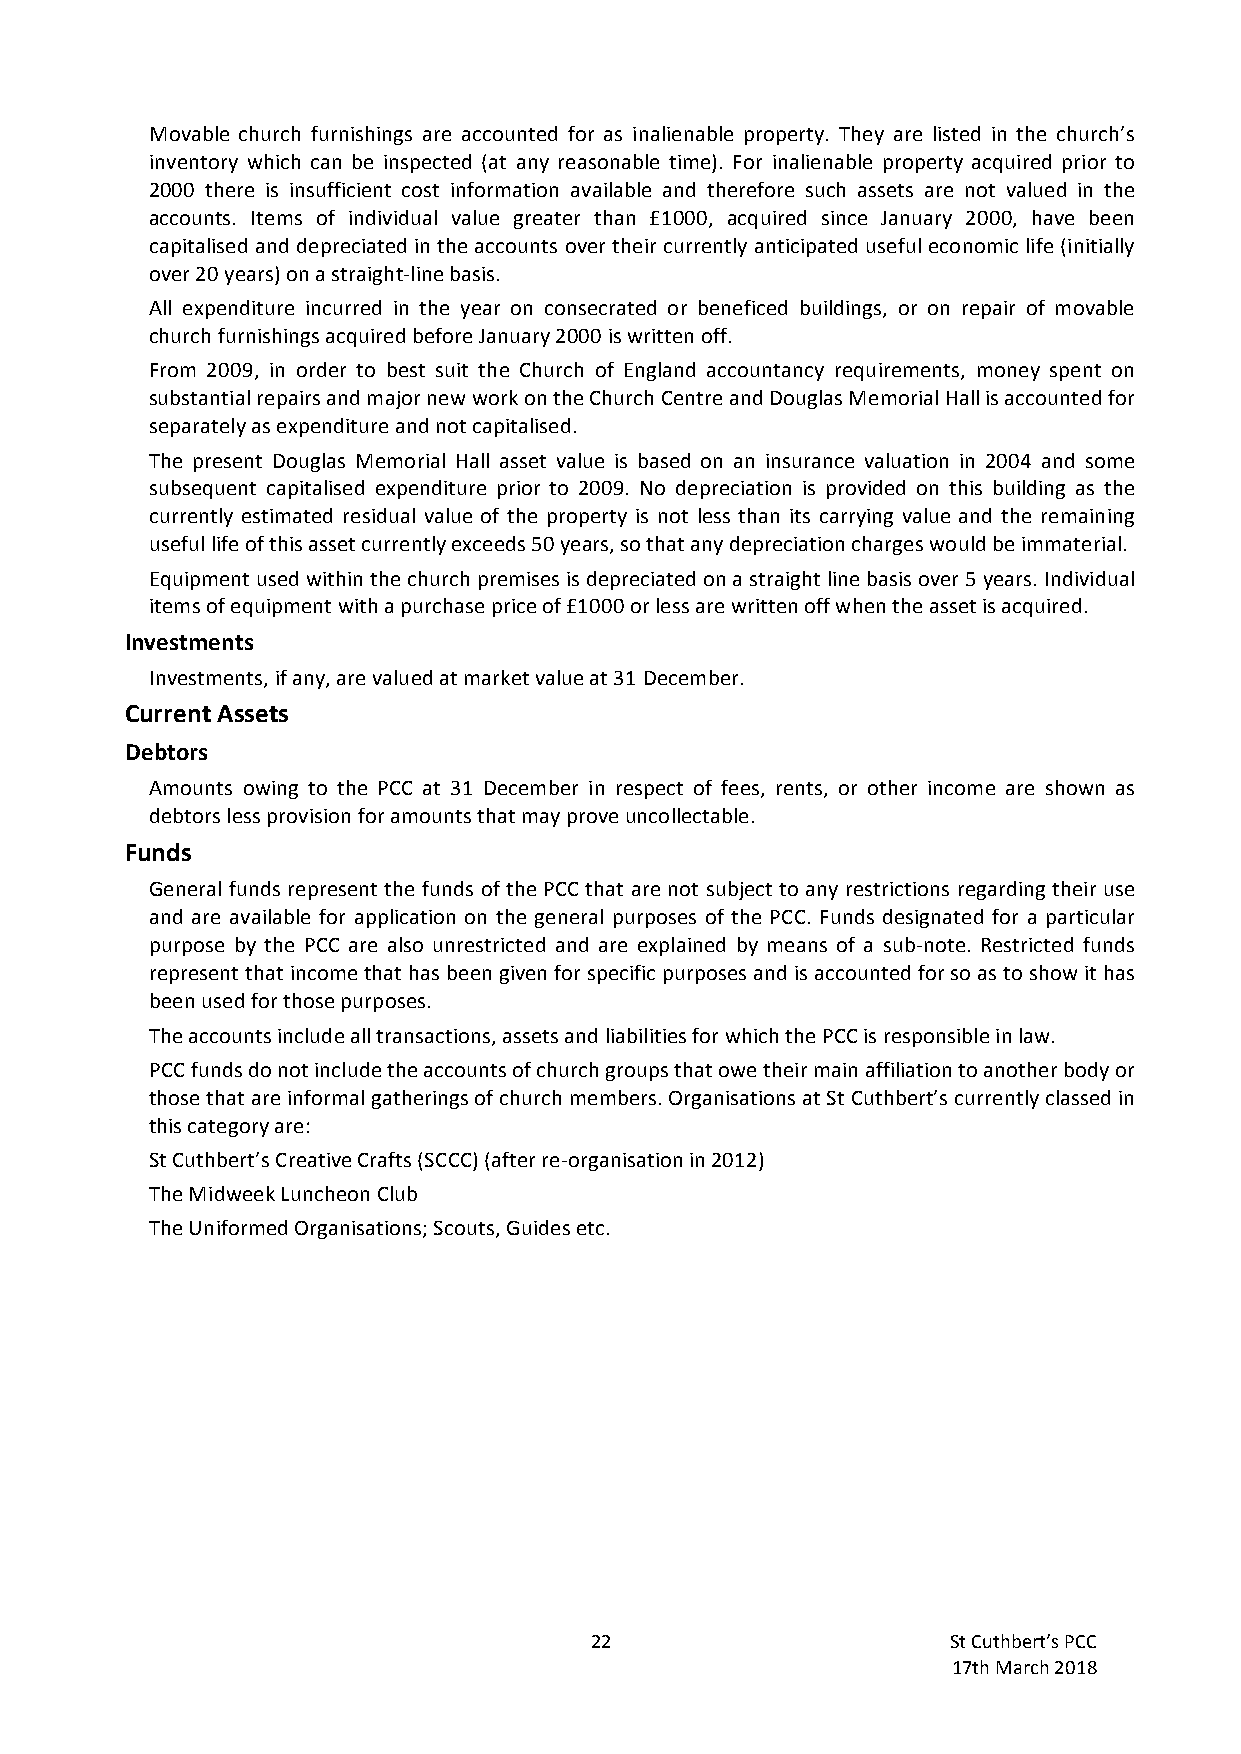
Movable church furnishings are accounted for as inalienable property. They are listed in the church’s
 inventory which can be inspected (at any reasonable time). For inalienable property acquired prior to
 2000 there is insufficient cost information available and therefore such assets are not valued in the
 accounts. Items of individual value greater than £1000, acquired since January 2000, have been
 capitalised and depreciated in the accounts over their currently anticipated useful economic life (initially
 over 20 years) on a straight-line basis.
 All expenditure incurred in the year on consecrated or beneficed buildings, or on repair of movable
 church furnishings acquired before January 2000 is written off.
 From 2009, in order to best suit the Church of England accountancy requirements, money spent on
 substantial repairs and major new work on the Church Centre and Douglas Memorial Hall is accounted for
 separately as expenditure and not capitalised.
 The present Douglas Memorial Hall asset value is based on an insurance valuation in 2004 and some
 subsequent capitalised expenditure prior to 2009. No depreciation is provided on this building as the
 currently estimated residual value of the property is not less than its carrying value and the remaining
 useful life of this asset currently exceeds 50 years, so that any depreciation charges would be immaterial.
 Equipment used within the church premises is depreciated on a straight line basis over 5 years. Individual
 items of equipment with a purchase price of £1000 or less are written off when the asset is acquired.
 Investments
 Investments, if any, are valued at market value at 31 December.
 Current Assets
 Debtors
 Amounts owing to the PCC at 31 December in respect of fees, rents, or other income are shown as
 debtors less provision for amounts that may prove uncollectable.
 Funds
 General funds represent the funds of the PCC that are not subject to any restrictions regarding their use
 and are available for application on the general purposes of the PCC. Funds designated for a particular
 purpose by the PCC are also unrestricted and are explained by means of a sub-note. Restricted funds
 represent that income that has been given for specific purposes and is accounted for so as to show it has
 been used for those purposes.
 The accounts include all transactions, assets and liabilities for which the PCC is responsible in law.
 PCC funds do not include the accounts of church groups that owe their main affiliation to another body or
 those that are informal gatherings of church members. Organisations at St Cuthbert’s currently classed in
 this category are:
 St Cuthbert’s Creative Crafts (SCCC) (after re-organisation in 2012)
 The Midweek Luncheon Club
 The Uniformed Organisations; Scouts, Guides etc.
 22                      St Cuthbert’s PCC
 17th March 2018